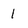
Character: 1